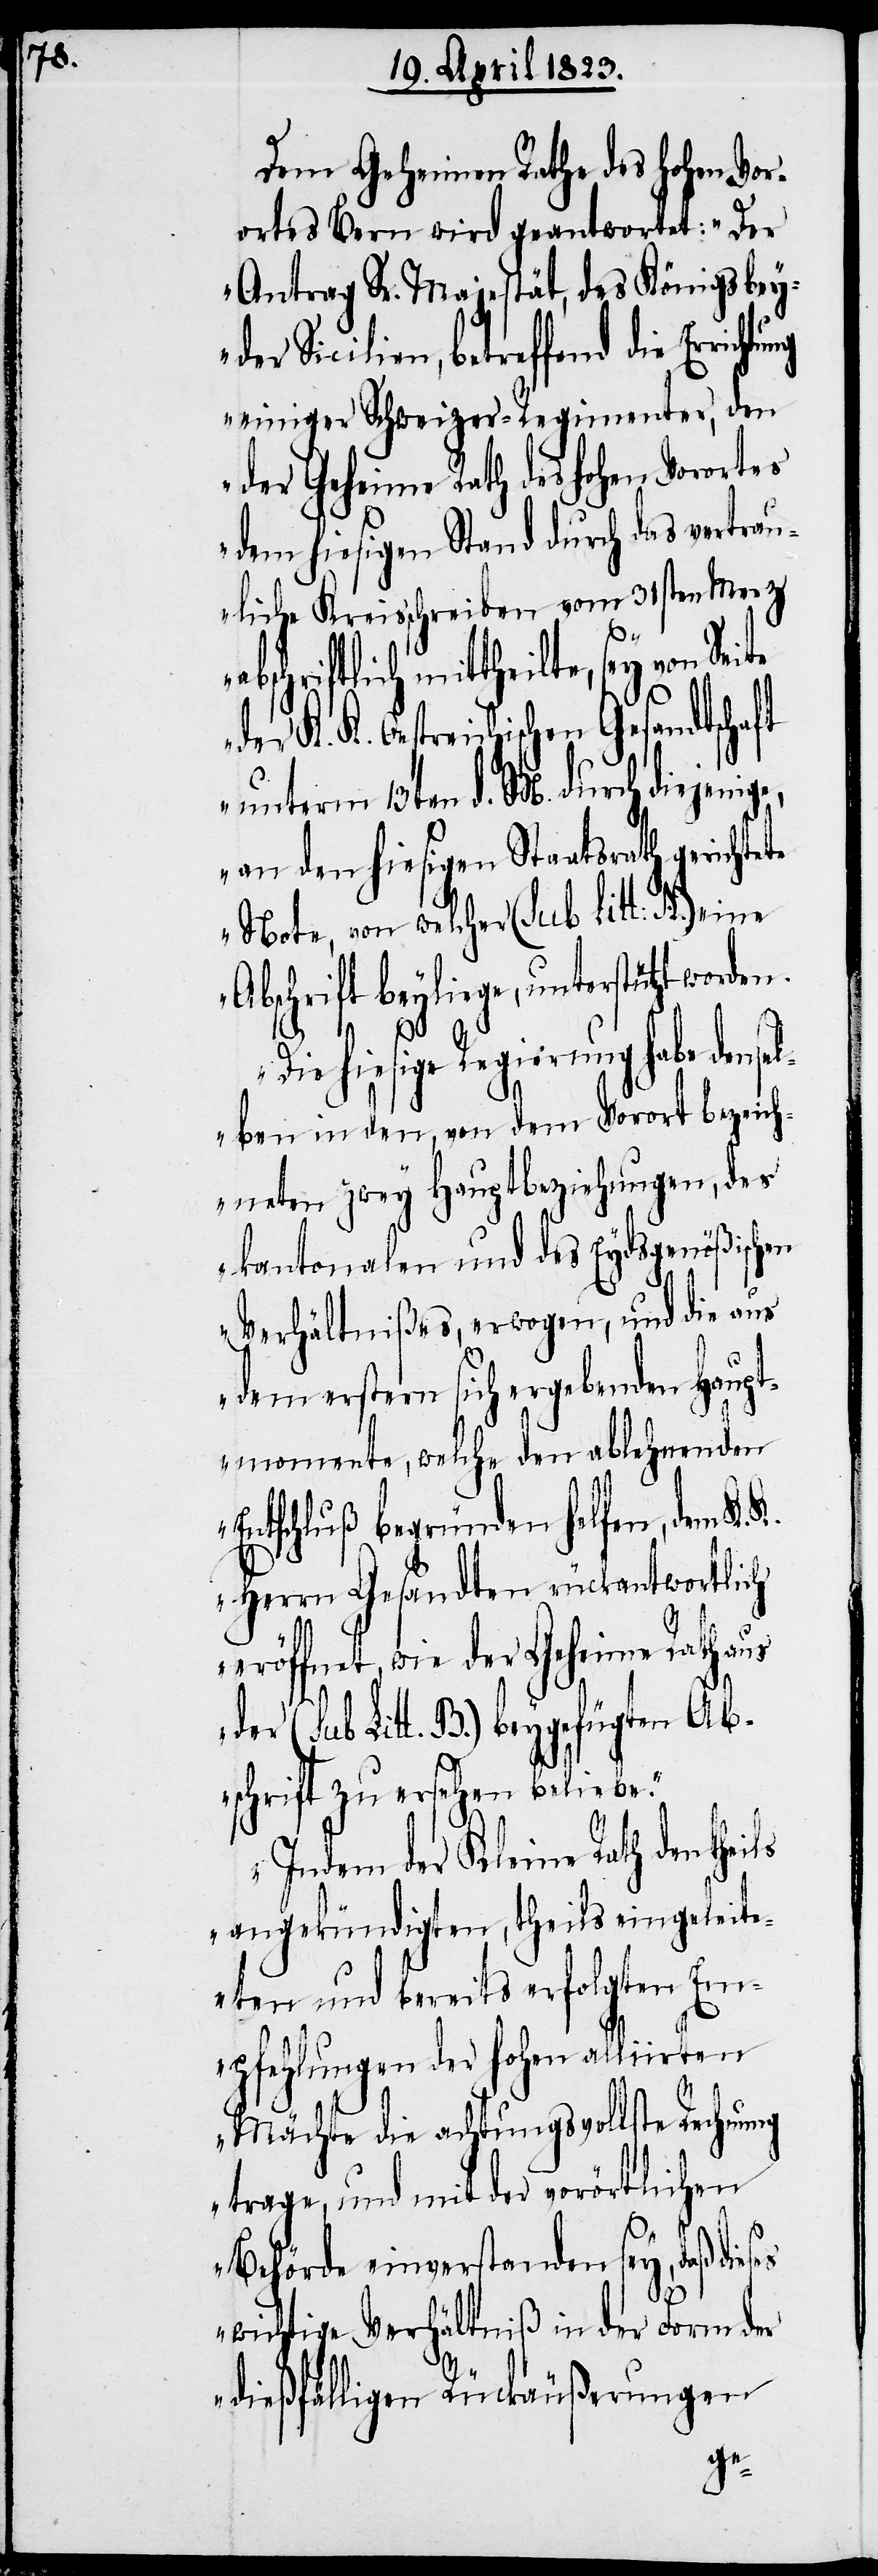
Dem Geheimen Rathe des hohen Vor¬
ortes Bern wird geantwortet: „Der
Antrag Sr. Majestät, des Königs bey¬
der Sicilien, betreffend die Erricht¬
einiger Schweizer-Regimenter, den
der Geheime Rath des hohen Vorortes
dem hiesigen Stand durch das vertrau¬
liche Kreisschreiben vom 31sten Merz
abschriftlich mittheilte, sey von Seite
K. K. Oestreichischen Gesandtscha¬
unterm 13ten d. M. durch diejeni¬
an den hiesigen Staatsrath gerichtete
Note, von welcher (sub Litt. A.) eine
Abschrift beyliege, unterstützt worden.
ses
Die hiesige Regierung habe dense¬
lben in den, von dem Vorort bezeich¬
neten zwey Hauptbeziehungen, des
kantonalen und des Eydsgenößischen
Verhältnißes, erwogen, und die aus
dem erstern sich ergebenden Haupt¬
momente, welche den ablehnenden
Entschluß begründen helfen, dem K.
Herrn Gesandten rückantwortlich
eröffnet, wie der Geheime Rath aus
der (sub Litt. B.) beygefügten Ab¬
schrift zu ersehen beliebe.“
„Indem der Kleine Rath den the¬
angekündigten, theils eingeleit¬
eten und bereits erfolgten Em¬
pfehlungen der hohen alliirten
Mächte die achtungsvollste Rechnung
trage, und mit der vorörtlichen
Behörde einverstanden sey, daß die¬
wichtige Verhältniß in der Form der
dießfälligen Rückäußerungen
ge,